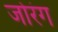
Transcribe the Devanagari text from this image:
जोरंग